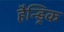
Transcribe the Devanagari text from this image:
हैन्ड्रिक